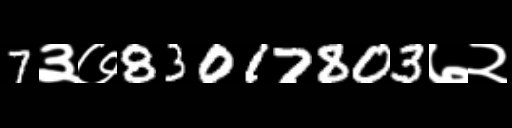
Text: 7३७83017803७२